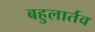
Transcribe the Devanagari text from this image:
बहुलार्तव